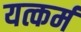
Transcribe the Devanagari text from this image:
यत्कर्म